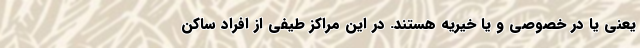
یعنی یا در خصوصی و یا خیریه هستند. در این مراکز طیفی از افراد ساکن